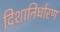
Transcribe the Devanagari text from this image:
दिशानिर्धारण